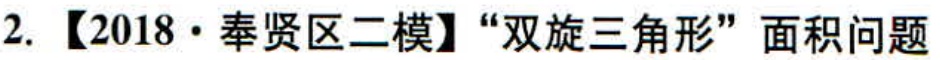
2. 【2018·奉贤区二模】“双旋三角形”面积问题